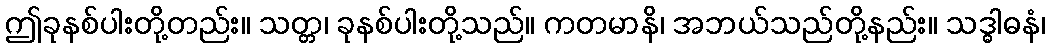
ဤခုနစ်ပါးတို့တည်း။ သတ္တ၊ ခုနစ်ပါးတို့သည်။ ကတမာနိ၊ အဘယ်သည်တို့နည်း။ သဒ္ဓါဓနံ၊